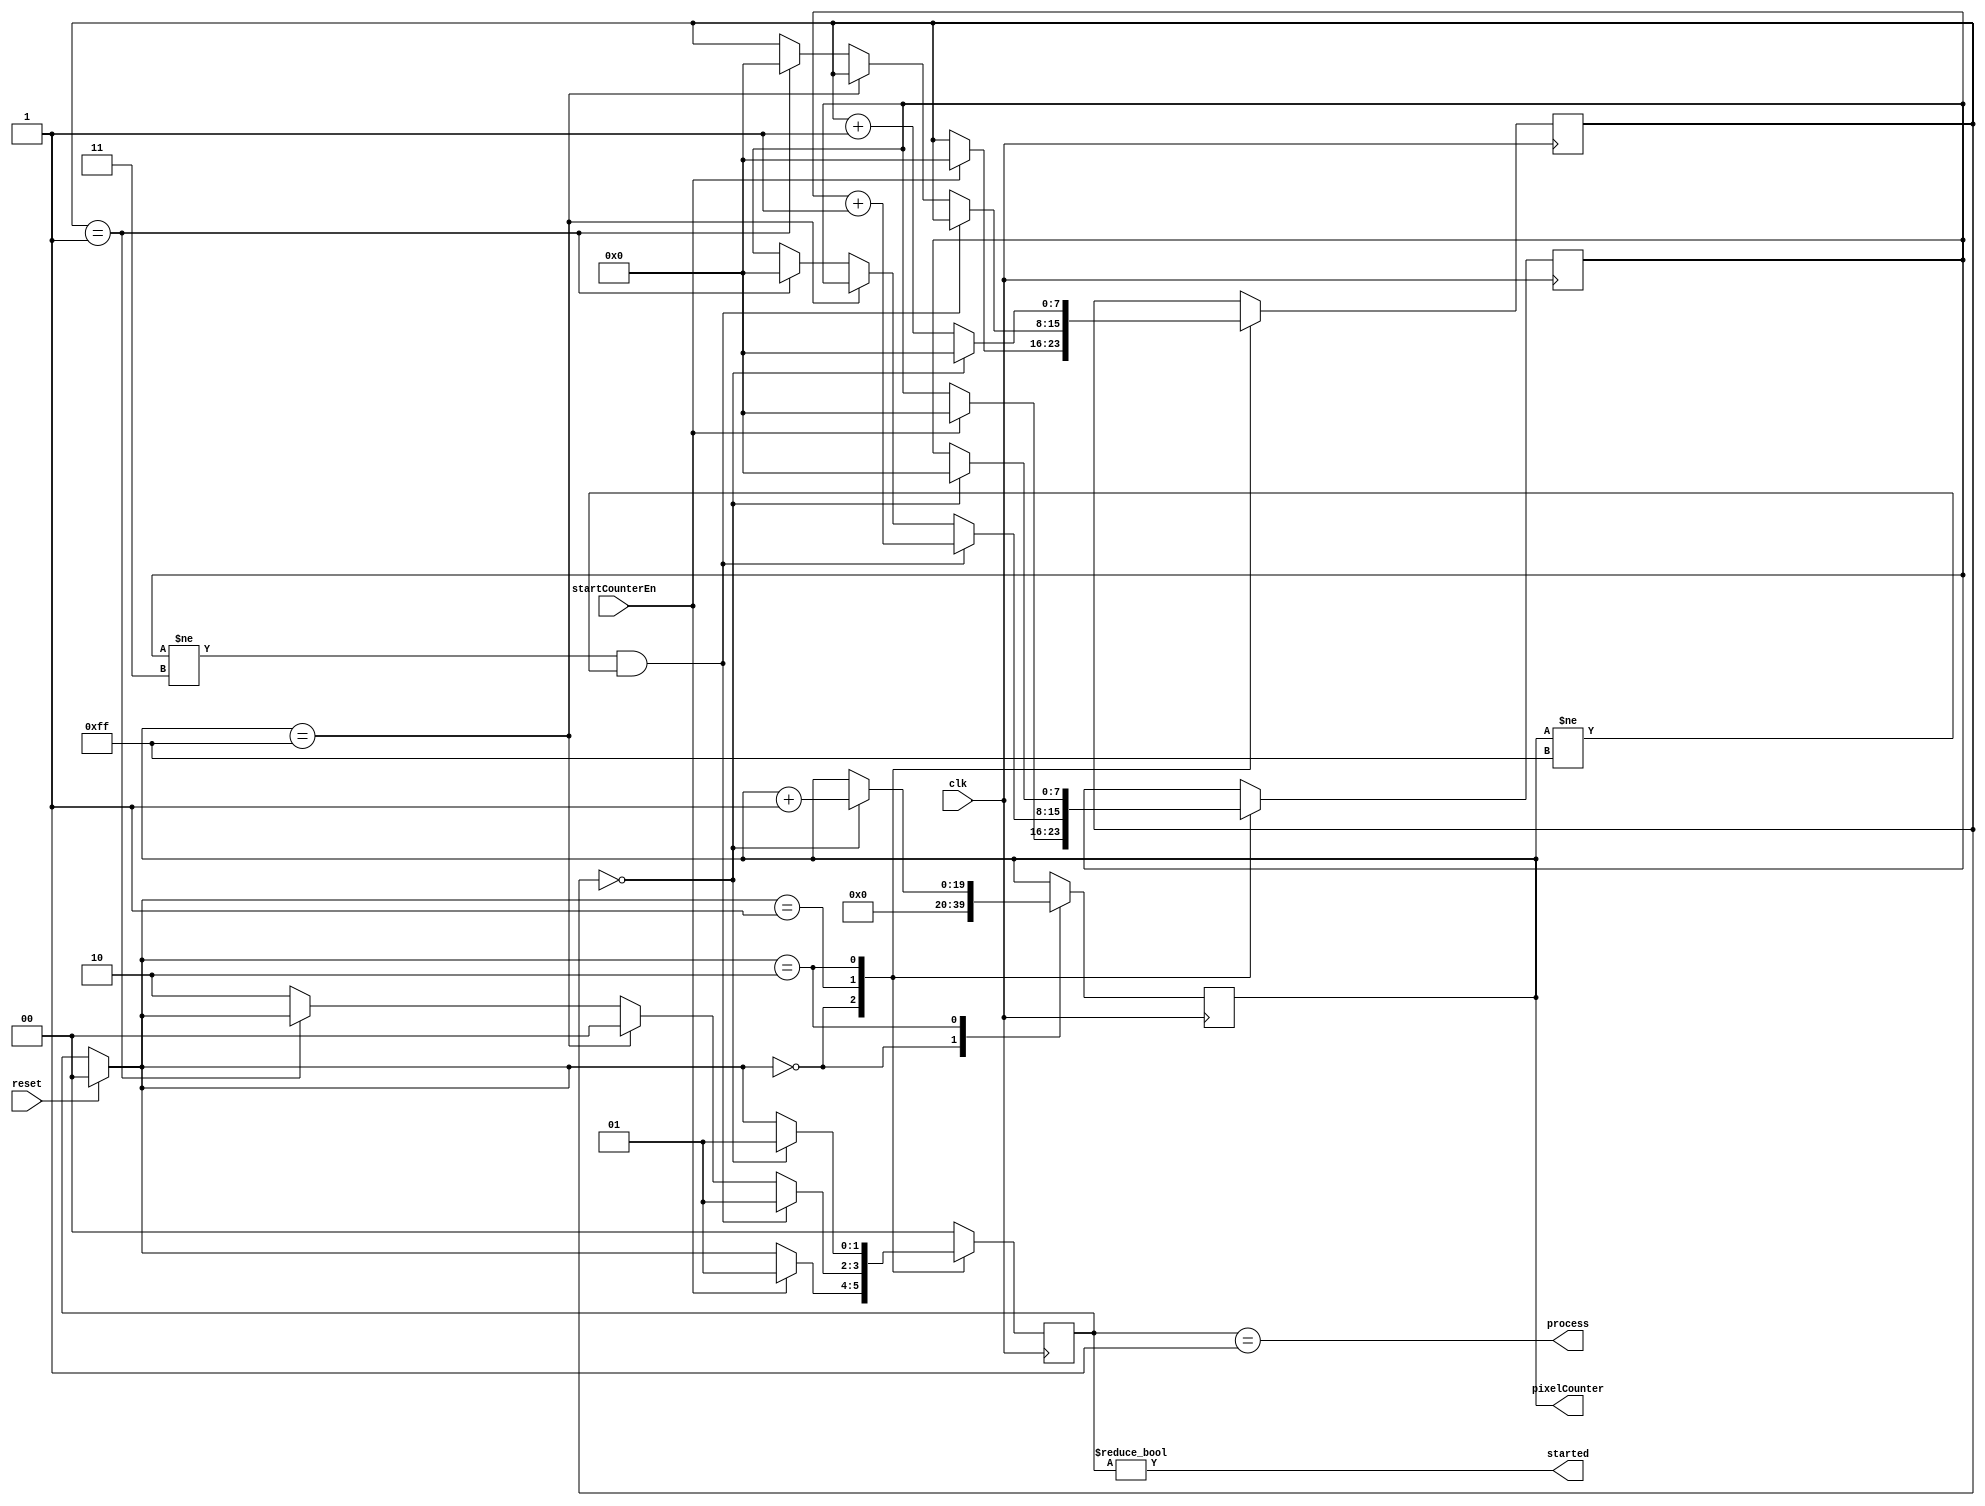
`timescale 1ns/100ps
module beatCounter(clk,startCounterEn,reset,process,started,pixelCounter);

parameter 	INITCOUNT = 2'b00,COUNT0 = 2'b01, COUNT1 = 2'b10,//States for state machine.
					MINPIXEL = 0,//MIN + MAX PIXEL start and stop position for pixel counter,  counting through image,  
					MAXPIXEL = 255,
					BEATS = 4,//pattern for process where BEATS = 4 and PAUSE = 1 this is 1111011110.... 
					PAUSE = 1,
					COUNTSTEP = 1,
					SKIPROW = 0,
					PIXELCOUNTERWIDTH = 20;//Corresponding to image address width
					
	
		input clk, startCounterEn,reset;
		output process, started; 
		output [PIXELCOUNTERWIDTH-1:0]pixelCounter;

	wire [PIXELCOUNTERWIDTH-1:0]pixelCounter;
	wire clk, startCounterEn,reset;
	reg [PIXELCOUNTERWIDTH-1:0]pixelCount;
	reg [1:0]countCase = INITCOUNT;
	reg [7:0]pauseLenth;
	reg [7:0]count;//method to define length of count to number of bits in BEATS
	assign pixelCounter = pixelCount;
	assign process = (countCase == COUNT0);
	assign started = (countCase != INITCOUNT);
	
	always @(posedge clk)
		begin
			if(reset == 1)
				countCase =INITCOUNT;
			case(countCase)
				INITCOUNT :
						begin
							pixelCount <= MINPIXEL;
							if(startCounterEn)
								begin
									pauseLenth<=0;
									count<=0;
									countCase<=COUNT0;
								end
						end
				COUNT0 :
						begin
							if((count !=(BEATS-1)) && (pixelCount != MAXPIXEL))
								begin
									count <= count +1;
									//pixelCount = pixelCount +1;
									countCase <= COUNT0;
								end
							else if (pixelCount == MAXPIXEL)
							    begin
								    countCase <= INITCOUNT;
								end
							else if (pauseLenth == PAUSE)
								begin
									pauseLenth <= 0;
									count <= 0;
								end
							else
								begin
									//pauseLenth = pauseLenth + 1;
									countCase <= COUNT1;
								end
								
						end
				
				COUNT1 :
							if (pauseLenth == (PAUSE-1))
								begin
									pauseLenth <= 0;
									count <= 0;
									countCase <= COUNT0;
									pixelCount <= pixelCount + COUNTSTEP;
								end
							else
								begin
									pauseLenth <= pauseLenth + COUNTSTEP;
								end
				
				default : countCase <=INITCOUNT;
				
			
			endcase
		end	
endmodule